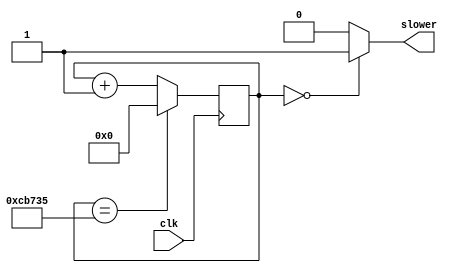
// Tested

module slower_clk(
	input clk, 
	output slower);
	reg [19 : 0] out = 20'b0000_0000_0000_0000_0000;
	reg [19 : 0] mux4to1 = 20'b1100_1011_0111_0011_0101;
	
//	always @(*)
//	begin // 60 Hz, 50M/60 - 1
//		mux4to1 <= 20'b1100_1011_0111_0011_0101;
//	end
	
	always @(posedge clk)
	// change count when changing switches
	begin
		//if (out == 0 | select)
		if (out == mux4to1)
			out <= 0;
		else
			out <= out + 1'b1;
	end
	
	assign slower = (out == 0) ? 1 : 0;

 endmodule